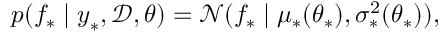
p ( f _ { * } \mid \boldsymbol { y } _ { * } , \mathcal { D } , \boldsymbol { \theta } ) = \mathcal { N } ( f _ { * } \mid \mu _ { * } ( \boldsymbol { \theta } _ { * } ) , \sigma _ { * } ^ { 2 } ( \boldsymbol { \theta } _ { * } ) ) ,